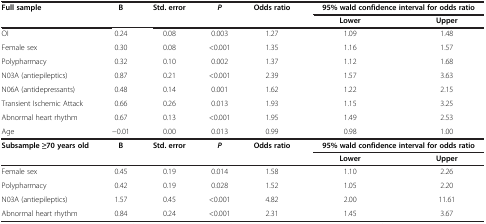
<table><thead><tr><td rowspan="2"><b>Full sample</b></td><td rowspan="2"><b>B</b></td><td rowspan="2"><b>Std. error</b></td><td rowspan="2"><b><i>P</i></b></td><td rowspan="2"><b>Odds ratio</b></td><td colspan="2"><b>95% wald confidence interval for odds ratio</b></td></tr><tr><td><b>Lower</b></td><td><b>Upper</b></td></tr></thead><tbody><tr><td>OI</td><td>0.24</td><td>0.08</td><td>0.003</td><td>1.27</td><td>1.09</td><td>1.48</td></tr><tr><td>Female sex</td><td>0.30</td><td>0.08</td><td>&lt;0.001</td><td>1.35</td><td>1.16</td><td>1.57</td></tr><tr><td>Polypharmacy</td><td>0.32</td><td>0.10</td><td>0.002</td><td>1.37</td><td>1.12</td><td>1.68</td></tr><tr><td>N03A (antiepileptics)</td><td>0.87</td><td>0.21</td><td>&lt;0.001</td><td>2.39</td><td>1.57</td><td>3.63</td></tr><tr><td>N06A (antidepressants)</td><td>0.48</td><td>0.14</td><td>0.001</td><td>1.62</td><td>1.22</td><td>2.15</td></tr><tr><td>Transient Ischemic Attack</td><td>0.66</td><td>0.26</td><td>0.013</td><td>1.93</td><td>1.15</td><td>3.25</td></tr><tr><td>Abnormal heart rhythm</td><td>0.67</td><td>0.13</td><td>&lt;0.001</td><td>1.95</td><td>1.49</td><td>2.53</td></tr><tr><td>Age</td><td>−0.01</td><td>0.00</td><td>0.013</td><td>0.99</td><td>0.98</td><td>1.00</td></tr><tr><td rowspan="2"><b>Subsample ≥70 years old</b></td><td rowspan="2"><b>B</b></td><td rowspan="2"><b>Std. error</b></td><td rowspan="2"><b><i>P</i></b></td><td rowspan="2"><b>Odds ratio</b></td><td colspan="2"><b>95% wald confidence interval for odds ratio</b></td></tr><tr><td><b>Lower</b></td><td><b>Upper</b></td></tr><tr><td>Female sex</td><td>0.45</td><td>0.19</td><td>0.014</td><td>1.58</td><td>1.10</td><td>2.26</td></tr><tr><td>Polypharmacy</td><td>0.42</td><td>0.19</td><td>0.028</td><td>1.52</td><td>1.05</td><td>2.20</td></tr><tr><td>N03A (antiepileptics)</td><td>1.57</td><td>0.45</td><td>&lt;0.001</td><td>4.82</td><td>2.00</td><td>11.61</td></tr><tr><td>Abnormal heart rhythm</td><td>0.84</td><td>0.24</td><td>&lt;0.001</td><td>2.31</td><td>1.45</td><td>3.67</td></tr></tbody></table>